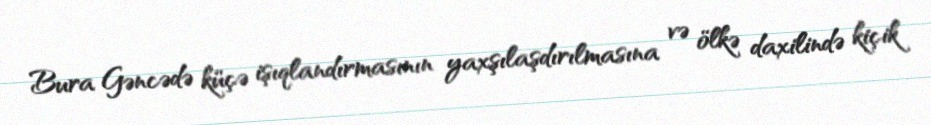
Bura Gəncədə küçə işıqlandırmasının yaxşılaşdırılmasına və ölkə daxilində kiçik